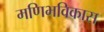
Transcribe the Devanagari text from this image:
मणिभविकास